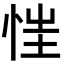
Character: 𢚇